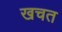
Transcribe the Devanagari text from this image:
खचत